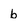
Character: b